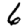
Digit: 6